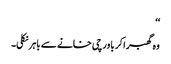
‘‘
وہ گھبرا کر باورچی خانے سے باہر نکلی۔